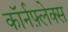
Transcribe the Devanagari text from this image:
कॉर्नफ़्लेक्स